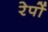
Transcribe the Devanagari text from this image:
रेपों